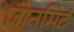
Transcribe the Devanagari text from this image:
ज्ञानमिदं